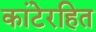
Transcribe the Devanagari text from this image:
कांटेरहित